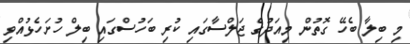
މި ބިލާ ބެހޭ ގޮތުން މިއަދުގެ ޖަލްސާގައި ކުރި ބަހުސްގައި ބިލް ހުށަހެޅުއްވި